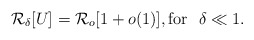
\begin{align*} \mathcal{R}_\delta[U]=\mathcal{R}_o[1+o(1)], \mbox{for }~ \delta\ll 1.\end{align*}